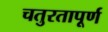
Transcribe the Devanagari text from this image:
चतुरतापूर्ण